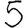
Digit: 5